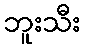
ဘူးသီး